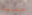
حفيدة